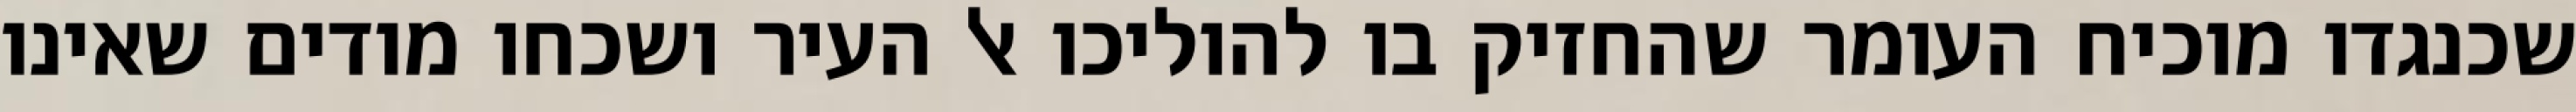
שכנגדו מוכיח העומר שהחזיק בו להוליכו אל העיר ושכחו מודים שאינו